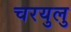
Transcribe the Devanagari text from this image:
चरयुलु